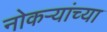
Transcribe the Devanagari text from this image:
नोकऱ्यांच्या